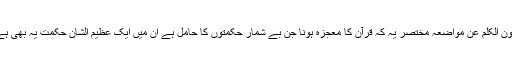
اور تورات و انجیل کے متعلق صاف صاف ارشاد فرمادیا کہ یُحَرِّفُوْنَ الْکَلِمَ عَنْ مَّوَاضِعِہٖ مختصر یہ کہ قرآن کا معجزہ ہونا جن بے شمار حکمتوں کا حامل ہے ان میں ایک عظیم الشان حکمت یہ بھی ہے کہ الفاظ قرآن میں تحریف کا دروازہ ہمیشہ کے لئے بند ہوجائے۔